Election expenses, 1919, 1919
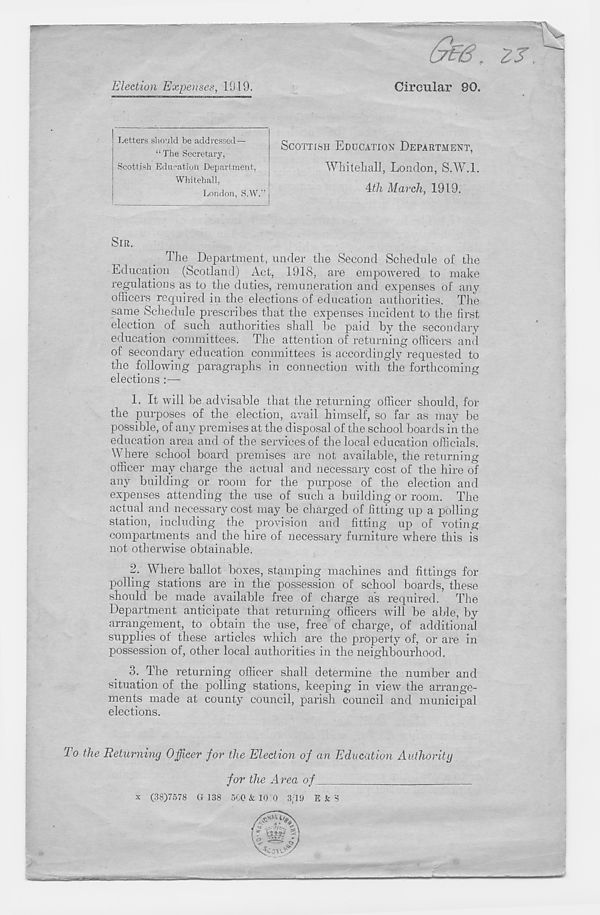
Election Expenses, 1019.
Circular 80.
Letters should be addressed—
“ The Secretary,
Scottish Education Department,
Whitehall,
London, S.W.”
SCOTTISH EDUCATION DEPARTMENT,
Whitehall, London, S.W.l.
4th March, 1919.
SIR.
The Department, under the Second Schedule of the
Education (Scotland) Act, 1918, are empowered to make
regulations as to the duties, remuneration and expenses of any
officers required in the elections of education authorities. The
same Schedule prescribes that the expenses incident to the first
election of such authorities shall be paid by the secondary
education committees. The attention of returning officers and
of secondary education committees is accordingly requested to
the following paragraphs in connection with the forthcoming
elections :—
1. It will be advisable that the returning officer should, for
the purposes of the election, avail himself, so far as may be
possible, of any premises at the disposal of the school boards in the
education area and of the services of the local education officials.
Where school board premises are not available, the returning
officer may charge the actual and necessary cost of the hire of
any building or room for the purpose of the election and
expenses attending the use of such a building or room. The
actual and necessary cost may be charged of fitting up a polling
station, including the provision and fitting up of voting
compartments and the hire of necessary furniture where this is
not otherwise obtainable.
2. Where ballot boxes, stamping machines and fittings for
polling stations are in the possession of school boards, these
should be made available free of charge as required. The
Department anticipate that returning officers will be able, by
arrangement, to obtain the use, free of charge, of additional
supplies of these articles which are the property of, or are in
possession of, other local authorities in the neighbourhood.
3. The returning officer shall determine the number and
situation of the polling stations, keeping in view the arrange-
ments made at county council, parish council and municipal
elections.
the Returning Officer for the Election of an Education Authority
for the Area of
X
(38)7578 G 138 500 & 10 0 3,19 E k 3